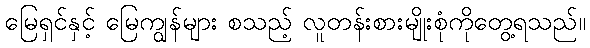
မြေရှင်နှင့် မြေကျွန်များ စသည့် လူတန်းစားမျိုးစုံကိုတွေ့ရသည်။